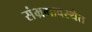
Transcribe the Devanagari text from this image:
संभ्रमावस्थेत